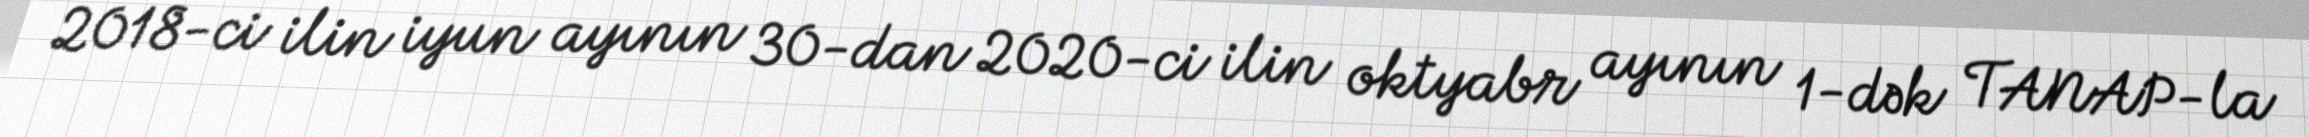
2018-ci ilin iyun ayının 30-dan 2020-ci ilin oktyabr ayının 1-dək TANAP-la